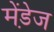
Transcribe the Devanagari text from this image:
मेंडे़ज